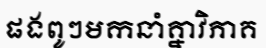
ផងពូៗមកនាំគ្នាវិភាគ